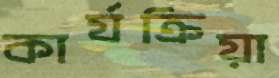
কার্যক্রিয়া